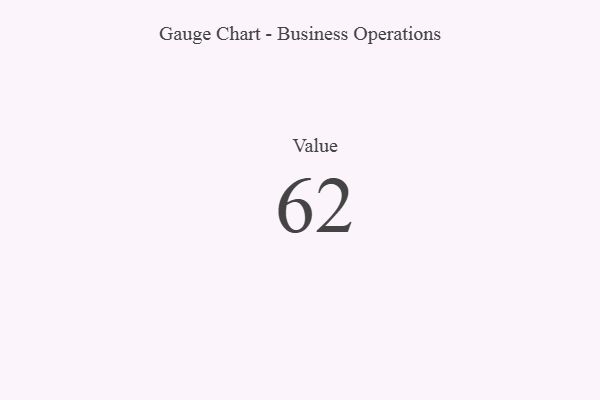
{"axis": {"x": "Metric", "y": "Value"}, "legend": [""], "data": [{"x": "Value", "y": 62, "type": ""}]}